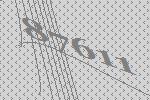
87611